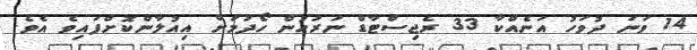
14 ވަނަ ދުވަހު އަނެއްކާ 33 ރެޖިސްޓާޑް ނަރުހުން ހޯދުމަށް އިއުލާންކޮށްފައިވެ އެވެ.